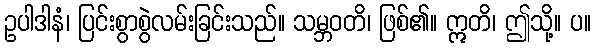
ဥပါဒါနံ၊ ပြင်းစွာစွဲလမ်းခြင်းသည်။ သမ္ဘဝတိ၊ ဖြစ်၏။ ဣတိ၊ ဤသို့။ ပ။